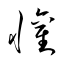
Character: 懽